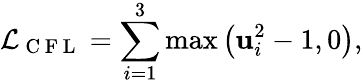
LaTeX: \mathcal{L}_{\mathrm{~C~F~L~}}=\sum_{i=1}^{3}\operatorname*{max}\left(\mathrm{\mathbf{u}}_{i}^{2}-1,0\right),